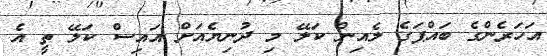
އަހަރެންގެ ބައްޕަގެ ލެއިން ކަލޭ މި ދުނިޔެއަށް އައިސް ކަލޭ ތީ އެ